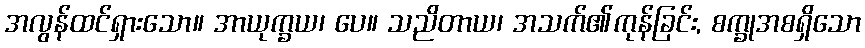
အလွန်ထင်ရှားသော။ အာယုက္ခယ၊ ပေ။ သညိတာယ၊ အသက်၏ကုန်ခြင်း, စက္ခုအစရှိသော